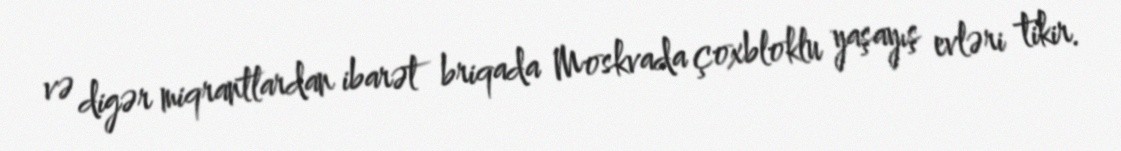
və digər miqrantlardan ibarət briqada Moskvada çoxbloklu yaşayış evləri tikir.